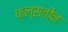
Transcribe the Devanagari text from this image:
फल्सतीन